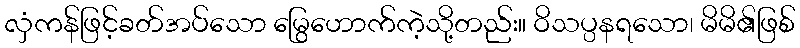
လှံကန်ဖြင့်ခတ်အပ်သော မြွေဟောက်ကဲ့သို့တည်း။ ဝိသပ္ပနရသော၊ မိမိ၏ဖြစ်